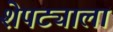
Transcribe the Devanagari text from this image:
शेपट्याला